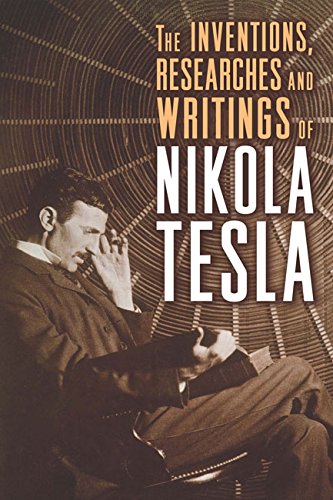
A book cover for The Inventions, Researches and Writings of Nikola Tesla; Nikola Tesla; Science & Math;